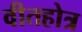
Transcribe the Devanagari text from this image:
वीतहोत्र